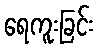
ရေကူးခြင်း